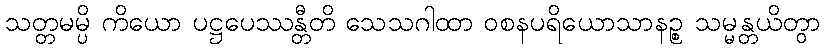
သတ္တမမ္ပိ ကိယော ပဋ္ဌပေဿန္တီတိ သေသဂါထာ ဝစနပရိယောသာနဉ္စ သမ္မန္တယိတွာ